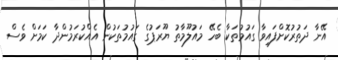
އޭނާ ދަތުރުކޮށްފައިވާ ގައުމުތަކާ ބެހޭ މައުލޫމާތު ޔޫރަޕުގެ ގައުމުތަކުން އެއްކުރަމުންދާ ކަމަށް ވެސް